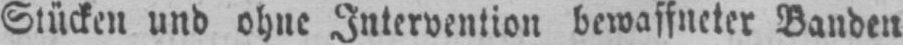
Stücken und ohne Intervention bewaffneter Banden